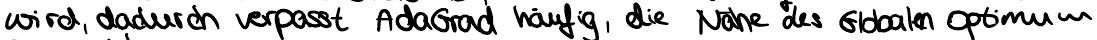
wird, dadurch verpasst AdaGrad häufig, die Nähe des Globalen Optimum